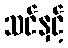
သင်နှင့်